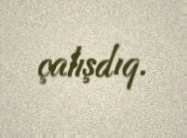
çalışdıq.